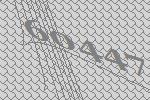
60447